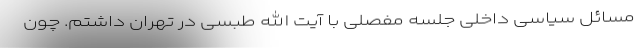
مسائل سیاسی داخلی جلسه مفصلی با آیت الله طبسی در تهران داشتم. چون